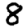
Digit: 8